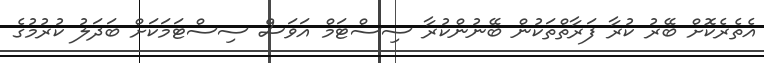
އެތެރެކޮށް ބޭރު ކުރާ ފަރާތްތަކުން ބޭނުންކުރާ ސިސްޓަމް އަވަސް ސިސްޓަމަކަށް ބަދަލު ކުރުމުގެ